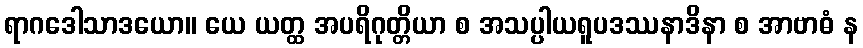
ရာဂဒေါသာဒယော။ ယေ ယတ္ထ အပရိဂုတ္တိယာ စ အသပ္ပါယရူပဒဿနာဒိနာ စ အာဗာဓံ န